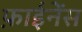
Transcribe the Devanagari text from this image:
फ़ाईनेंस